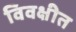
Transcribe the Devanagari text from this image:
विवक्षीत